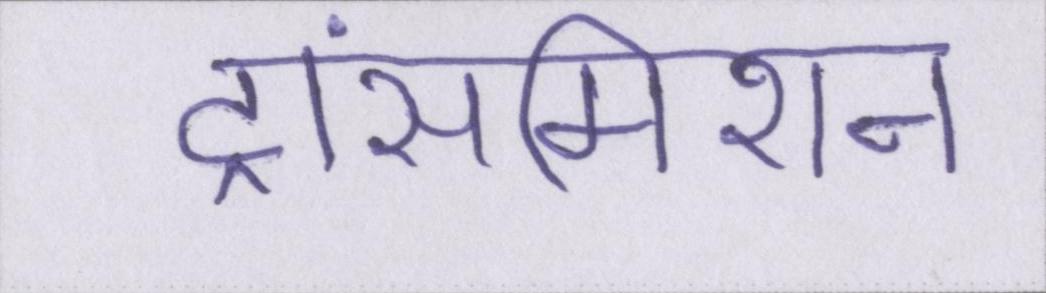
ट्रांसमिशन